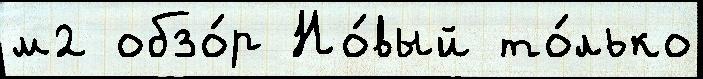
м2 обзо́р Но́вый то́лько